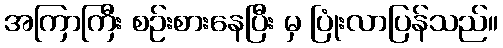
အကြာကြီး စဉ်းစားနေပြီး မှ ပြုံးလာပြန်သည်။